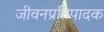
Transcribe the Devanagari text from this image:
जीवनप्रतिपादक